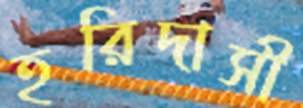
হরিদাসী